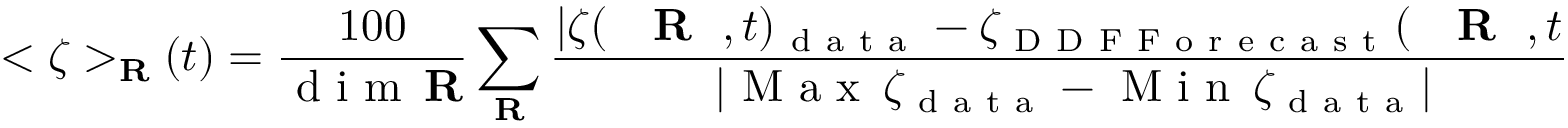
< \zeta > _ { { \bf R } } ( t ) = \frac { 1 0 0 } { \mathrm { ~ d ~ i ~ m ~ } \, { \bf R } } \sum _ { { \bf R } } \frac { | \zeta ( \mathrm { ~ { ~ \bf ~ R ~ } ~ } , t ) _ { \mathrm { ~ d ~ a ~ t ~ a ~ } } - { \zeta } _ { \mathrm { ~ D ~ D ~ F ~ F ~ o ~ r ~ e ~ c ~ a ~ s ~ t ~ } } ( \mathrm { ~ { ~ \bf ~ R ~ } ~ } , t ) | } { | \mathrm { ~ M ~ a ~ x ~ } \, \zeta _ { \mathrm { ~ d ~ a ~ t ~ a ~ } } - \mathrm { ~ M ~ i ~ n ~ } \, \zeta _ { \mathrm { ~ d ~ a ~ t ~ a ~ } } | }